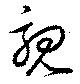
親